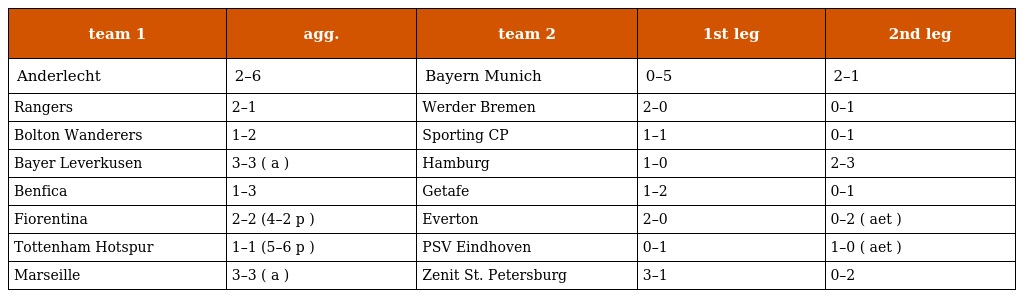
| team 1 | agg. | team 2 | 1st leg | 2nd leg |
 | --- | --- | --- | --- | --- |
 | Anderlecht | 2–6 | Bayern Munich | 0–5 | 2–1 |
 | Rangers | 2–1 | Werder Bremen | 2–0 | 0–1 |
 | Bolton Wanderers | 1–2 | Sporting CP | 1–1 | 0–1 |
 | Bayer Leverkusen | 3–3 ( a ) | Hamburg | 1–0 | 2–3 |
 | Benfica | 1–3 | Getafe | 1–2 | 0–1 |
 | Fiorentina | 2–2 (4–2 p ) | Everton | 2–0 | 0–2 ( aet ) |
 | Tottenham Hotspur | 1–1 (5–6 p ) | PSV Eindhoven | 0–1 | 1–0 ( aet ) |
 | Marseille | 3–3 ( a ) | Zenit St. Petersburg | 3–1 | 0–2 |